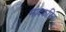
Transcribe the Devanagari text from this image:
मोदकप्रिय